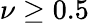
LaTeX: \nu\ge 0.5